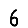
Digit: 6